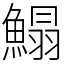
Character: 鰨